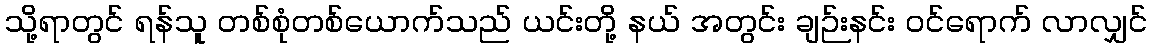
သို့ရာတွင် ရန်သူ တစ်စုံတစ်ယောက်သည် ယင်းတို့ နယ် အတွင်း ချဉ်းနင်း ဝင်ရောက် လာလျှင်